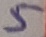
Text: 5